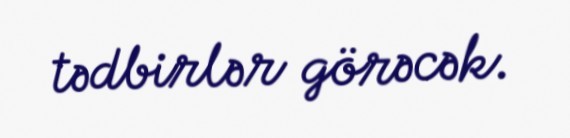
tədbirlər görəcək.